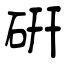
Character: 硏